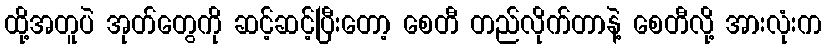
ထို့အတူပဲ အုတ်တွေကို ဆင့်ဆင့်ပြီးတော့ စေတီ တည်လိုက်တာနဲ့ စေတီလို့ အားလုံးက